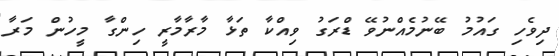
ދިވެހި ގައުމު ބޭނުމެއްނުވޭ ޑްރަގު ވިއްކާ ތަޅާ މާރާމާރީ ހިންގާ މީހުން މަރާ